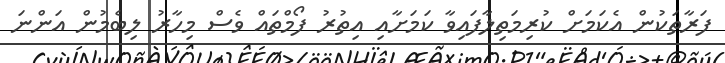
ފަރާތަކުން އެކަމަށް ކުރިމަތިލާފައިވާ ކަމަށާއި އިތުރު ފޯމްތައް ވެސް މިހާރު ލިބެމުން އަންނަ